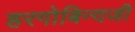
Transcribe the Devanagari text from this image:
हरगोबिन्दजी